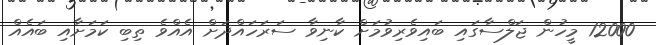
12000 މީހުން ޖަލްސާގައި ބައިވެރިވުމަށް ކާނިވާ ސަރަހައްދަށް އެއްވެ ތިބި ކަމަށާއި ބައެއް